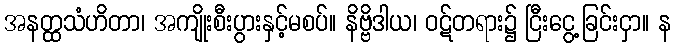
အနတ္ထသံဟိတာ၊ အကျိုးစီးပွားနှင့်မစပ်။ နိဗ္ဗိဒါယ၊ ဝဋ်တရား၌ ငြီးငွေ့ခြင်းငှာ။ န